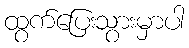
ထွက်ပြေးသွားမှာပါ